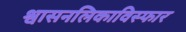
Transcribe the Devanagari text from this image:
श्वासनलिकाविस्फार